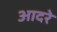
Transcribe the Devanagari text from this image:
आदरे